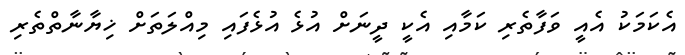
އެކަމަކު އެއީ ވަފާތެރި ކަމާއި އެކީ ދީނަށް އުޅެ އުޅެފައި މިއްލަތަށް ޚިޔާނާތްތެރި